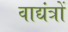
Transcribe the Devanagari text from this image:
वाद्यंत्रों